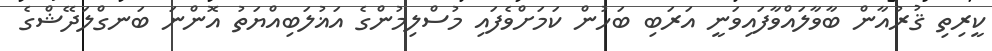
ކީރިތި ޤުރުއާން ބާވާލައްވާފައިވަނީ އަރަބި ބަހުން ކަމަށްވެފައި މުސްލިމުންގެ އަޣުލަބިއްޔަތު އޮންނަ ބަނގްލަދޭޝްގެ